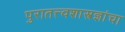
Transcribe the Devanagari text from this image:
पुरातत्त्वशास्त्रज्ञांचा